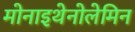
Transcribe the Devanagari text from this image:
मोनाइथेनोलेमिन